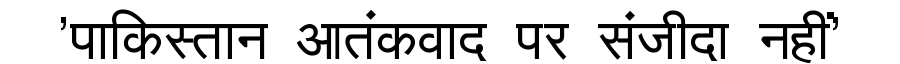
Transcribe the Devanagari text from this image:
'पाकिस्तान आतंकवाद पर संजीदा नहीं'